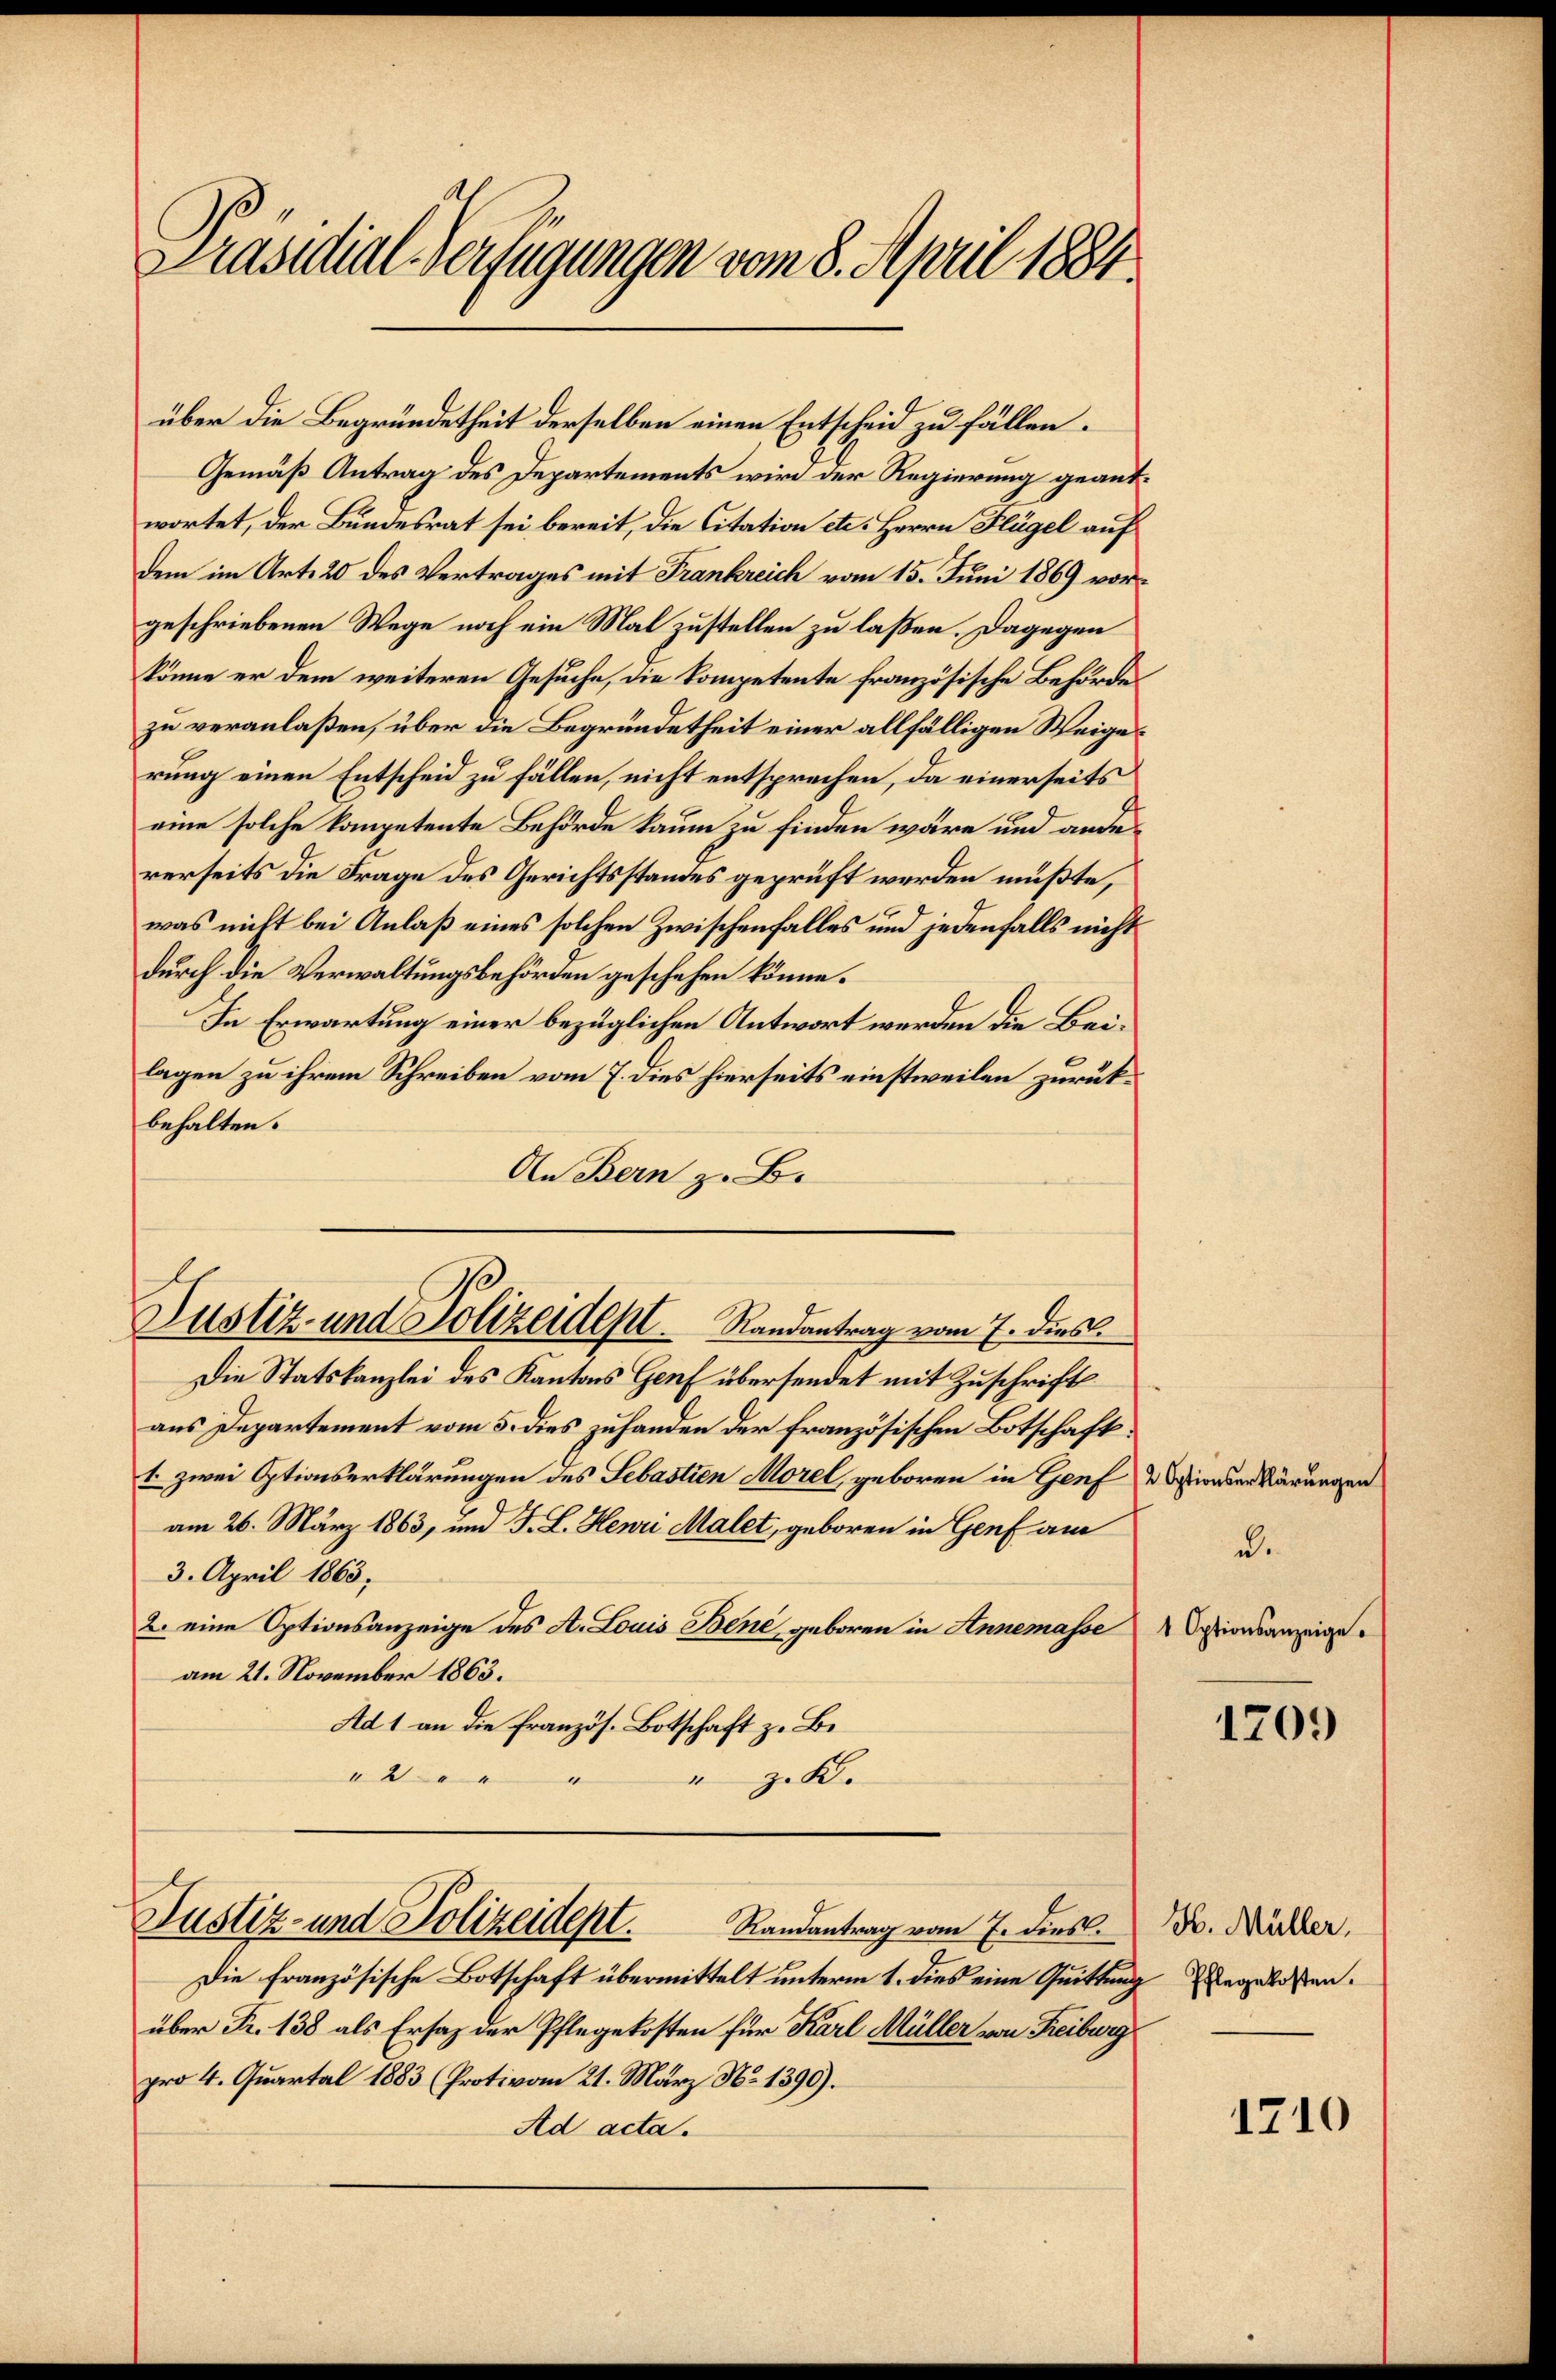
Präsidial-Verfügungen vom 8. April 1884

über die Begründetheit derselben einen Entscheid zu fällen.
Gemäß Antrag des Departements wird der Regierung geantwortet, der Bundesrat sei bereit, die Citation etc. Herrn Flügel auf
dem im Art. 20 des Vertrages mit Frankreich vom 15. Juni 1869 vorgeschriebenen Wege noch ein Mal zustellen zu laßen. Dagegen
könne er dem weiteren Gesuche, die Kompetente französische Behörde
zu veranlaßen, über die Begründetheit einer allfälligen Weigerung einen Entscheid zu fällen, nicht entsprechen, da einerseits
eine solche kompetente Behörde kaum zu finden wäre und andererseits die Frage des Gerichtsstandes geprüft werden müßte,
was nicht bei Anlaß eines solchen Zwischenfalles und jedenfalls nicht
durch die Verwaltungsbehörden geschehen könne.
In Erwartung einer bezüglichen Antwort werden die Beilagen zu ihrem Schreiben vom 7. dies hierseits einstweilen zurückbehalten.
An Bern z. B.
Justiz- und Polizeidept. Randantrag vom 7. dies
Die Statskanzlei des Kantons Genf übersendet mit Zuschrift
aus Departement vom 5. dies zuhanden der französischen Botschaft
1. zwei Optionserklärungen des Sebastien Morel, geboren in Genf dieserklärungen
am 26. März 1863, und J. L. Henri Malet, geboren in Genf am
3. April 1863.
2. eine Optionsanzeige des A. Louis Bene, geboren in Annemasse
am 21. November 1863.
Ad 1 an die Französ. Botschaft z. B.
"
z.b.
4
“

Justiz- und Polizeidept.
Randantrag vom 7. dies.

Die französische Botschaft übermittelt unterm 1. dies eine Quittung
über Fr. 138 als Ersatz der Pflegekosten für Karl Müller von Freiburg
pro 4. Quartal 1883 (Protivom 21. März No 1390).
Ad acta.

d.
1 Optionsanzeige.

1709

H. Müller.
 Pflegekosten.

1710